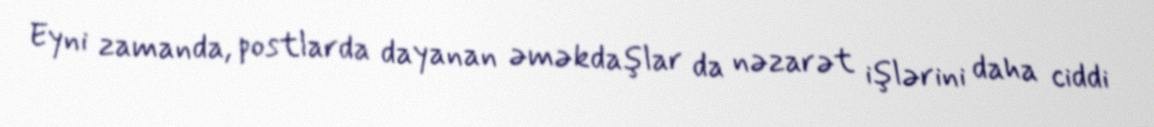
Eyni zamanda, postlarda dayanan əməkdaşlar da nəzarət işlərini daha ciddi